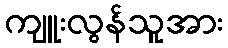
ကျူးလွန်သူအား